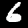
Digit: 6